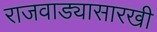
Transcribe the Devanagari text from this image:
राजवाड्यासारखी